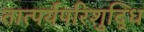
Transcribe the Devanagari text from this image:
तात्पर्यपरिशुद्धि